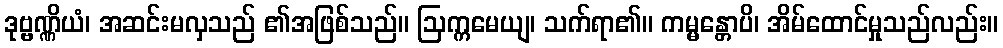
ဒုဗ္ဗဏ္ဏိယံ၊ အဆင်းမလှသည် ၏အဖြစ်သည်။ ဩက္ကမေယျ၊ သက်ရာ၏။ ကမ္မန္တောပိ၊ အိမ်ထောင်မှုသည်လည်း။